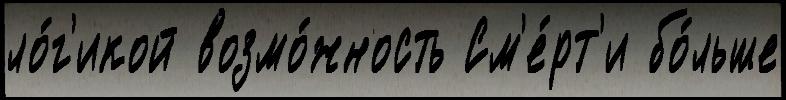
ло́г'икой возмо́жность См'е́рт'и бо́льше